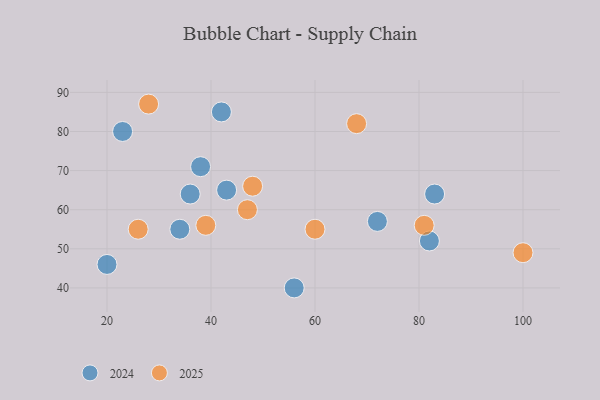
{"axis": {"x": "GDP", "y": "Life Expectancy"}, "legend": ["2024", "2025"], "data": [{"x": "100", "y": 49, "type": "2025"}, {"x": "48", "y": 66, "type": "2025"}, {"x": "68", "y": 82, "type": "2025"}, {"x": "39", "y": 56, "type": "2025"}, {"x": "60", "y": 55, "type": "2025"}, {"x": "28", "y": 87, "type": "2025"}, {"x": "81", "y": 56, "type": "2025"}, {"x": "26", "y": 55, "type": "2025"}, {"x": "47", "y": 60, "type": "2025"}, {"x": "82", "y": 52, "type": "2024"}, {"x": "36", "y": 64, "type": "2024"}, {"x": "34", "y": 55, "type": "2024"}, {"x": "83", "y": 64, "type": "2024"}, {"x": "23", "y": 80, "type": "2024"}, {"x": "38", "y": 71, "type": "2024"}, {"x": "43", "y": 65, "type": "2024"}, {"x": "42", "y": 85, "type": "2024"}, {"x": "72", "y": 57, "type": "2024"}, {"x": "20", "y": 46, "type": "2024"}, {"x": "56", "y": 40, "type": "2024"}]}